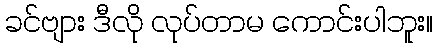
ခင်ဗျား ဒီလို လုပ်တာမ ကောင်းပါဘူး။